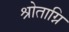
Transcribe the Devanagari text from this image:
श्रोताग्नि